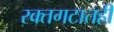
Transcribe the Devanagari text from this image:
रक्तगटातही